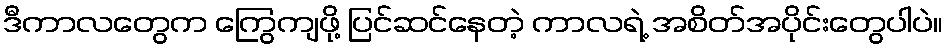
ဒီကာလတွေက ကြွေကျဖို့ ပြင်ဆင်နေတဲ့ ကာလရဲ့ အစိတ်အပိုင်းတွေပါပဲ။